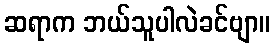
ဆရာက ဘယ်သူပါလဲခင်ဗျာ။